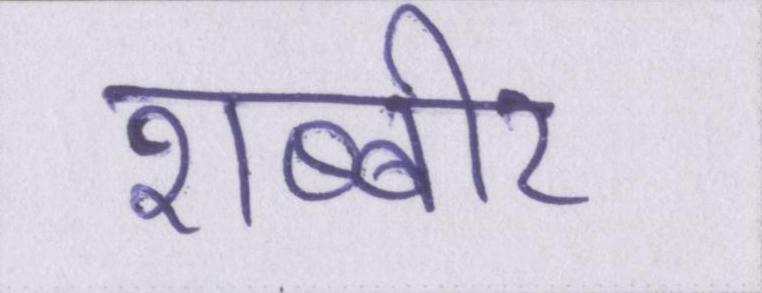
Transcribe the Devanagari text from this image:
शब्बीर